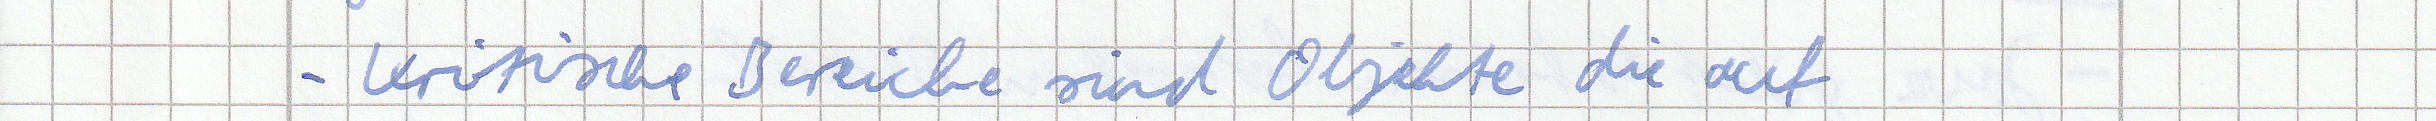
- Kritische Bereiche sind Objekte die auf